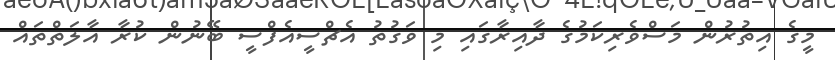
މީގެ އިތުރުން މަސްވެރިކަމުގެ ދާއިރާގައި މި ވަގުތު އެޗްސީއެފްސީ ބޭނުން ކުރާ އާލަތްތައް